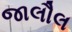
જાલૌલ